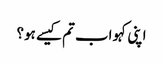
اپنی کہو اب تم کیسے ہو؟